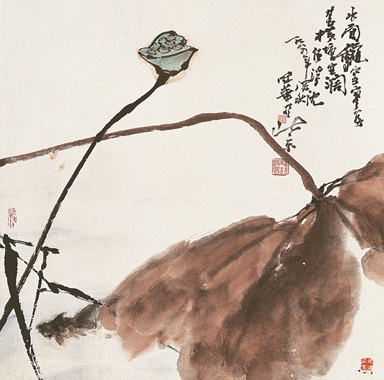
田园寥落干戈后，骨肉流离道路中。